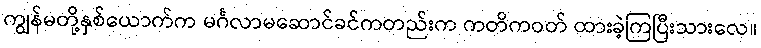
ကျွန်မတို့နှစ်ယောက်က မင်္ဂလာမဆောင်ခင်ကတည်းက ကတိကဝတ် ထားခဲ့ကြပြီးသားလေ။